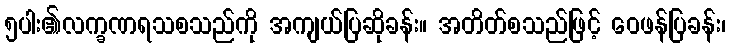
၅ပါး၏လက္ခဏရသစသည်ကို အကျယ်ပြဆိုခန်း။ အတိတ်စသည်ဖြင့် ဝေဖန်ပြခန်း၊